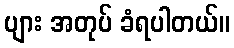
ပျား အတုပ် ခံရပါတယ်။